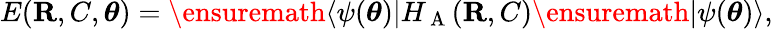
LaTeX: E({\mathbf{R}},C,{\boldsymbol{\theta}})=\ensuremath{\langle{\psi({\boldsymbol{\theta}})}\rvert}H_{\mathrm{~A~}}({\mathbf{R}},C)\ensuremath{\lvert{\psi({\boldsymbol{\theta}})}\rangle},